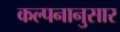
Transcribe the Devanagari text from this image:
कल्पनानुसार